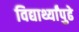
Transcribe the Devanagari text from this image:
विद्यार्थ्यांपुढे